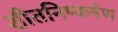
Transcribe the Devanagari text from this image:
शीतनिष्कर्षण